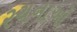
રચનાઑ